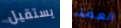
يستقيل العمة